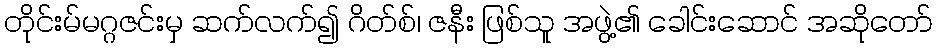
တိုင်းမ်မဂ္ဂဇင်းမှ ဆက်လက်၍ ဂိတ်စ်၊ ဇနီး ဖြစ်သူ အဖွဲ့၏ ခေါင်းဆောင် အဆိုတော်